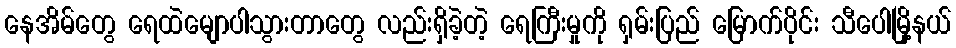
နေအိမ်တွေ ရေထဲမျောပါသွားတာတွေ လည်းရှိခဲ့တဲ့ ရေကြီးမှုကို ရှမ်းပြည် မြောက်ပိုင်း သီပေါမြို့နယ်